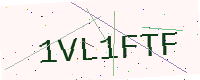
Text: 1VL1FTF